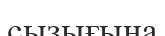
сызығына